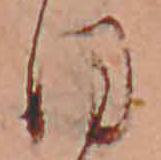
ほ